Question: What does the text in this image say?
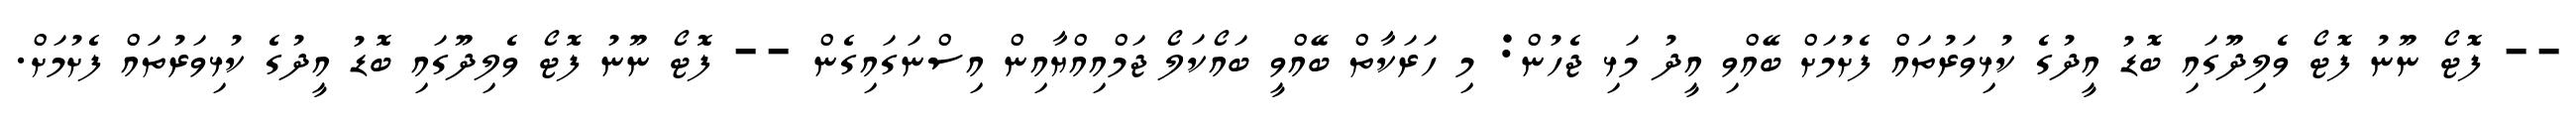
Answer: -- ފޮޓޯ ނޫނު ފޮޓޯ ވެލިދޫގައި ބޮޑު އީދުގެ ކުޅިވަރުތައް ފެށުމަށް ބޭއްވި އީދު މަޅި ޖެހުން: މި ހަރަކާތް ބޭއްވީ ބައޯކަލޯ ޖަމްއިއްޔާއިން އިސްނަގައިގެން -- ފޮޓޯ ނޫނު ފޮޓޯ ވެލިދޫގައި ބޮޑު އީދުގެ ކުޅިވަރުތައް ފެށުމަށް.